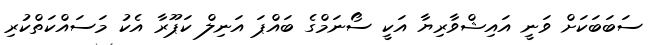
ސަބަބަކަށް ވަނީ އައިޝްވާރިޔާ އަކީ ސޯނަމްގެ ބައްޕަ އަނިލް ކަޕޫރާ އެކު މަސައްކަތްކުރި